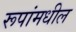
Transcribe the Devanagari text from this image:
रूपांमधील